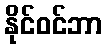
နိုင်ဝင်ဘာ